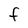
Character: F